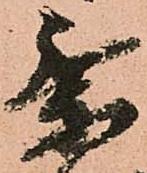
乗